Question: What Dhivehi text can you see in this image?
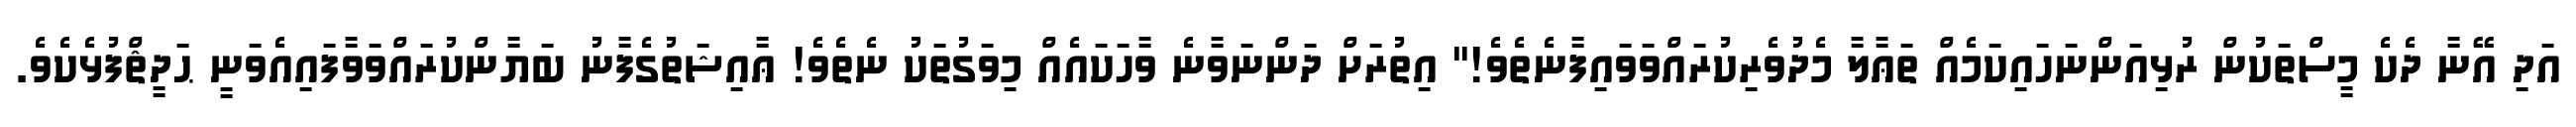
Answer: އަދި އޭނާ ދެކެ މީސްތަކުން ރުޅިއަންނަހައިކަމެއް ތަޢާލާ މެދުވެރިކުރައްވަވައިފާނެތެވެ!" އިތުރަށް ދަންނަވާނެ ވާހަކައެއް މިވަގުތަކު ނެތެވެ! ޢާއިޝަތުގެފާނު ބަޔާންކުރައްވަވާފައިއެވަނީ ޙަދީޘްފުޅެކެވެ.